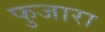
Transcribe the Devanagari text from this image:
फुजारा